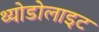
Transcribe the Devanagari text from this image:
थ्योडोलाइट